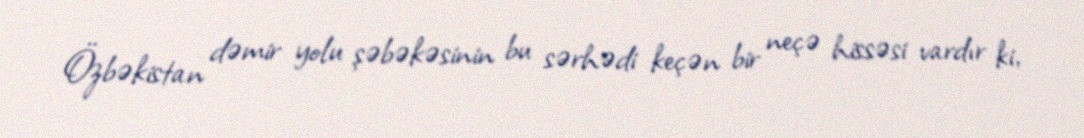
Özbəkistan dəmir yolu şəbəkəsinin bu sərhədi keçən bir neçə hissəsi vardır ki,